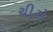
ચીરો